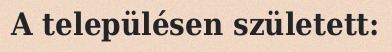
A településen született: